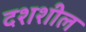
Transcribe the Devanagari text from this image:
दशशील